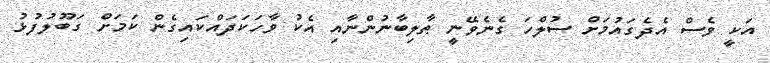
އަކީ ވެސް އެދެގައުމަށް ސުލްހަ ގެނެވޭނީ ޠާލިބާނުންނާއި އެކު ވާހަކަދައްކައިގެން ކަމަށް ގަބޫލުފުޅު